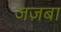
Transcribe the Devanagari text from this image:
जज़बा